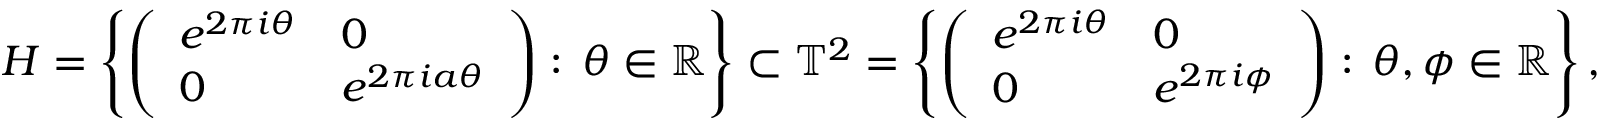
H = \left\{ \left( { \begin{array} { l l } { e ^ { 2 \pi i \theta } } & { 0 } \\ { 0 } & { e ^ { 2 \pi i a \theta } } \end{array} } \right) : \, \theta \in \mathbb { R } \right\} \subset \mathbb { T } ^ { 2 } = \left\{ \left( { \begin{array} { l l } { e ^ { 2 \pi i \theta } } & { 0 } \\ { 0 } & { e ^ { 2 \pi i \phi } } \end{array} } \right) : \, \theta , \phi \in \mathbb { R } \right\} ,